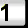
Digit: 1